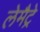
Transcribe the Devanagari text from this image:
लेमैट्रे